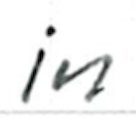
Text: in
Cross-out: clean
Writing tool: ballpoint